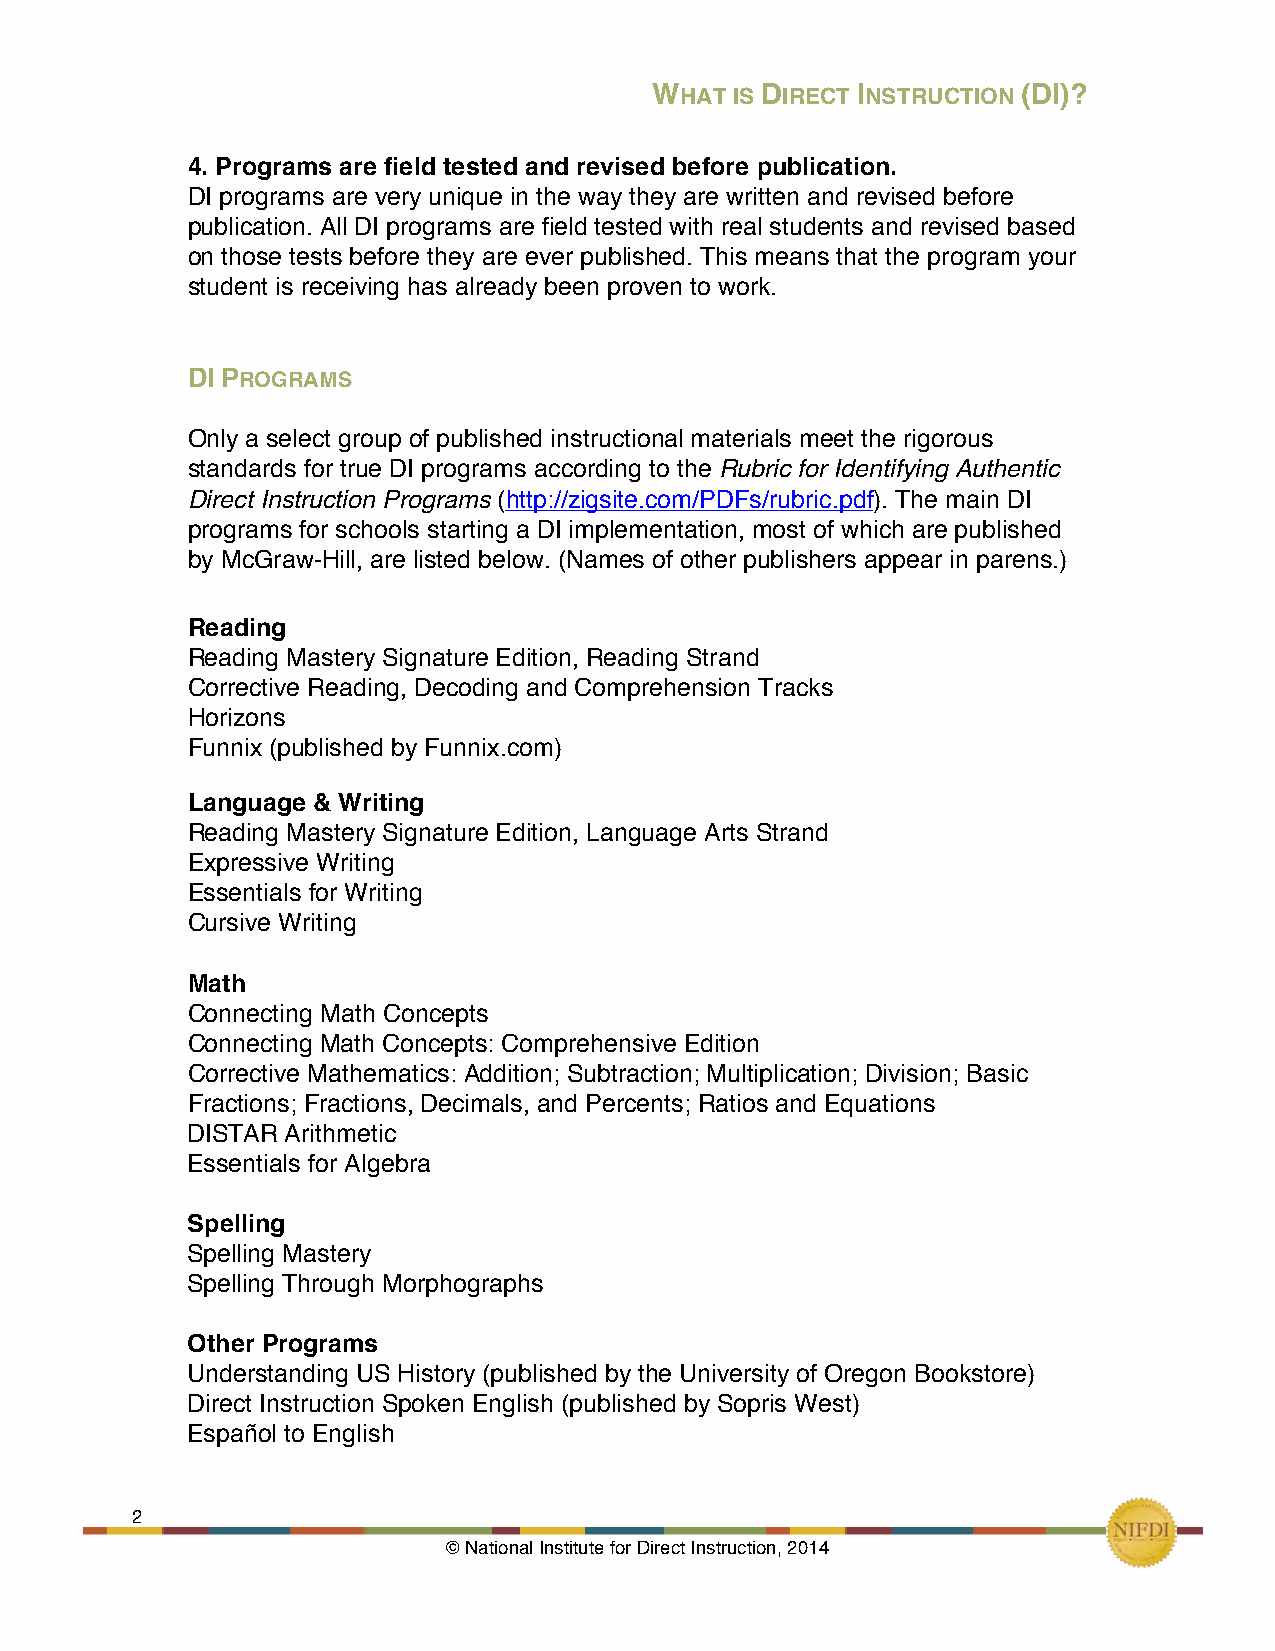
WHAT  IS DIRECT INSTRUCTION (DI)?
 !
 4. Programs are field tested and revised before publication.
 DI programs are very unique in the way they are written and revised before
 publication. All DI programs are field tested with real students and revised based
 on those tests before they are ever published. This means that the program your
 student is receiving has already been proven to work.
 DI PROGRAMS
 Only a select group of published instructional materials meet the rigorous
 standards for true DI programs according to the Rubric for Identifying Authentic
 Direct Instruction Programs (http://zigsite.com/PDFs/rubric.pdf). The main DI
 programs for schools starting a DI implementation, most of which are published
 by McGraw-Hill, are listed below. (Names of other publishers appear in parens.)
 Reading
 Reading Mastery Signature Edition, Reading Strand
 Corrective Reading, Decoding and Comprehension Tracks
 Horizons
 Funnix (published by Funnix.com)
 Language & Writing
 Reading Mastery Signature Edition, Language Arts Strand
 Expressive Writing
 Essentials for Writing
 Cursive Writing
 Math
 Connecting Math Concepts
 Connecting Math Concepts: Comprehensive Edition
 Corrective Mathematics: Addition; Subtraction; Multiplication; Division; Basic
 Fractions; Fractions, Decimals, and Percents; Ratios and Equations
 DISTAR Arithmetic
 Essentials for Algebra
 Spelling
 Spelling Mastery
 Spelling Through Morphographs
 Other Programs
 Understanding US History (published by the University of Oregon Bookstore)
 Direct Instruction Spoken English (published by Sopris West)
 Español to English
 2     !
 © National Institute for Direct Instruction, 2014!